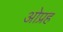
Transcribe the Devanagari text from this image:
ओप्रह